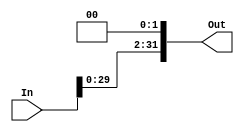
`timescale 1ns / 1ps
//////////////////////////////////////////////////////////////////////////////////
// Company: 
// Engineer: 
// 
// Design Name: 
// Module Name:    LeftShiftBy2 
// Project Name: 
// Target Devices: 
// Tool versions: 
// Description: 
//
// Dependencies: 
//
// Revision: 
// Revision 0.01 - File Created
// Additional Comments: 
//
//////////////////////////////////////////////////////////////////////////////////
module LeftShiftBy2(
	input [31:0] In,
	output [31:0] Out
    );
	 
	wire zero;
	 
	genvar i;
	
	generate
		for(i=0; i<30; i=i+1) 
		   begin : shift
				assign Out[i+2] = In[i]; 
			end
	endgenerate

   assign zero = 0;
	assign Out[0] = zero;
	assign Out[1] = zero;

endmodule